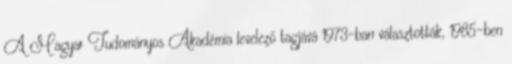
A Magyar Tudományos Akadémia levelező tagjává 1973-ban választották, 1985-ben